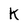
Character: K